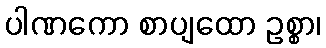
ပါဏကော စာပျထော ဥစ္စာ၊